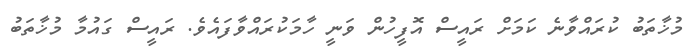
މުޚާތަބު ކުރައްވާނެ ކަމަށް ރައީސް އޮފީހުން ވަނީ ހާމަކުރައްވާފައެވެ. ރައީސް ގައުމާ މުޚާތަބު